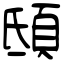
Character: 𩑾